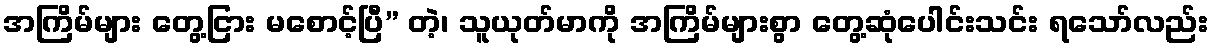
အကြိမ်များ တွေ့ငြား မစောင့်ပြီ” တဲ့၊ သူယုတ်မာကို အကြိမ်များစွာ တွေ့ဆုံပေါင်းသင်း ရသော်လည်း